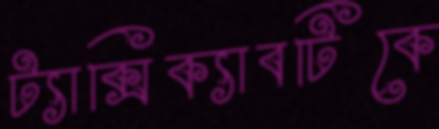
ট্যাক্সিক্যাবটিকে